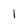
Character: 1